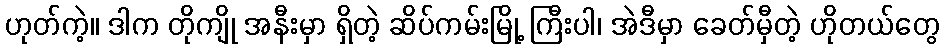
ဟုတ်ကဲ့။ ဒါက တိုကျို အနီးမှာ ရှိတဲ့ ဆိပ်ကမ်းမြို့ ကြီးပါ၊ အဲဒီမှာ ခေတ်မှီတဲ့ ဟိုတယ်တွေ